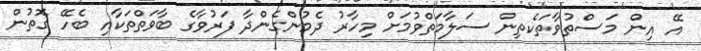
އޭ އިން މަސްތުވާތަކެތިން ސަލާމަތްވުމަށް މިހާރު ދެމުންގެންދާ ފަރުވާގެ ބާވަތްތަކާއި ބެހޭ ގޮތުން